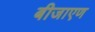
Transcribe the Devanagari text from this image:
बीजाएण